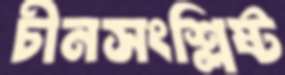
চীনসংশ্লিষ্ট